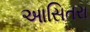
આસિતરા